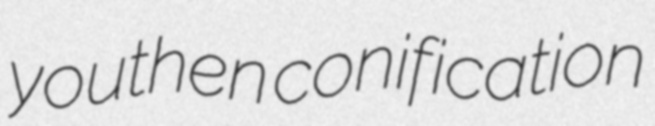
youthen conification